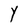
Character: Y